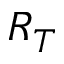
R _ { T }